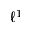
\ell ^ { 1 }